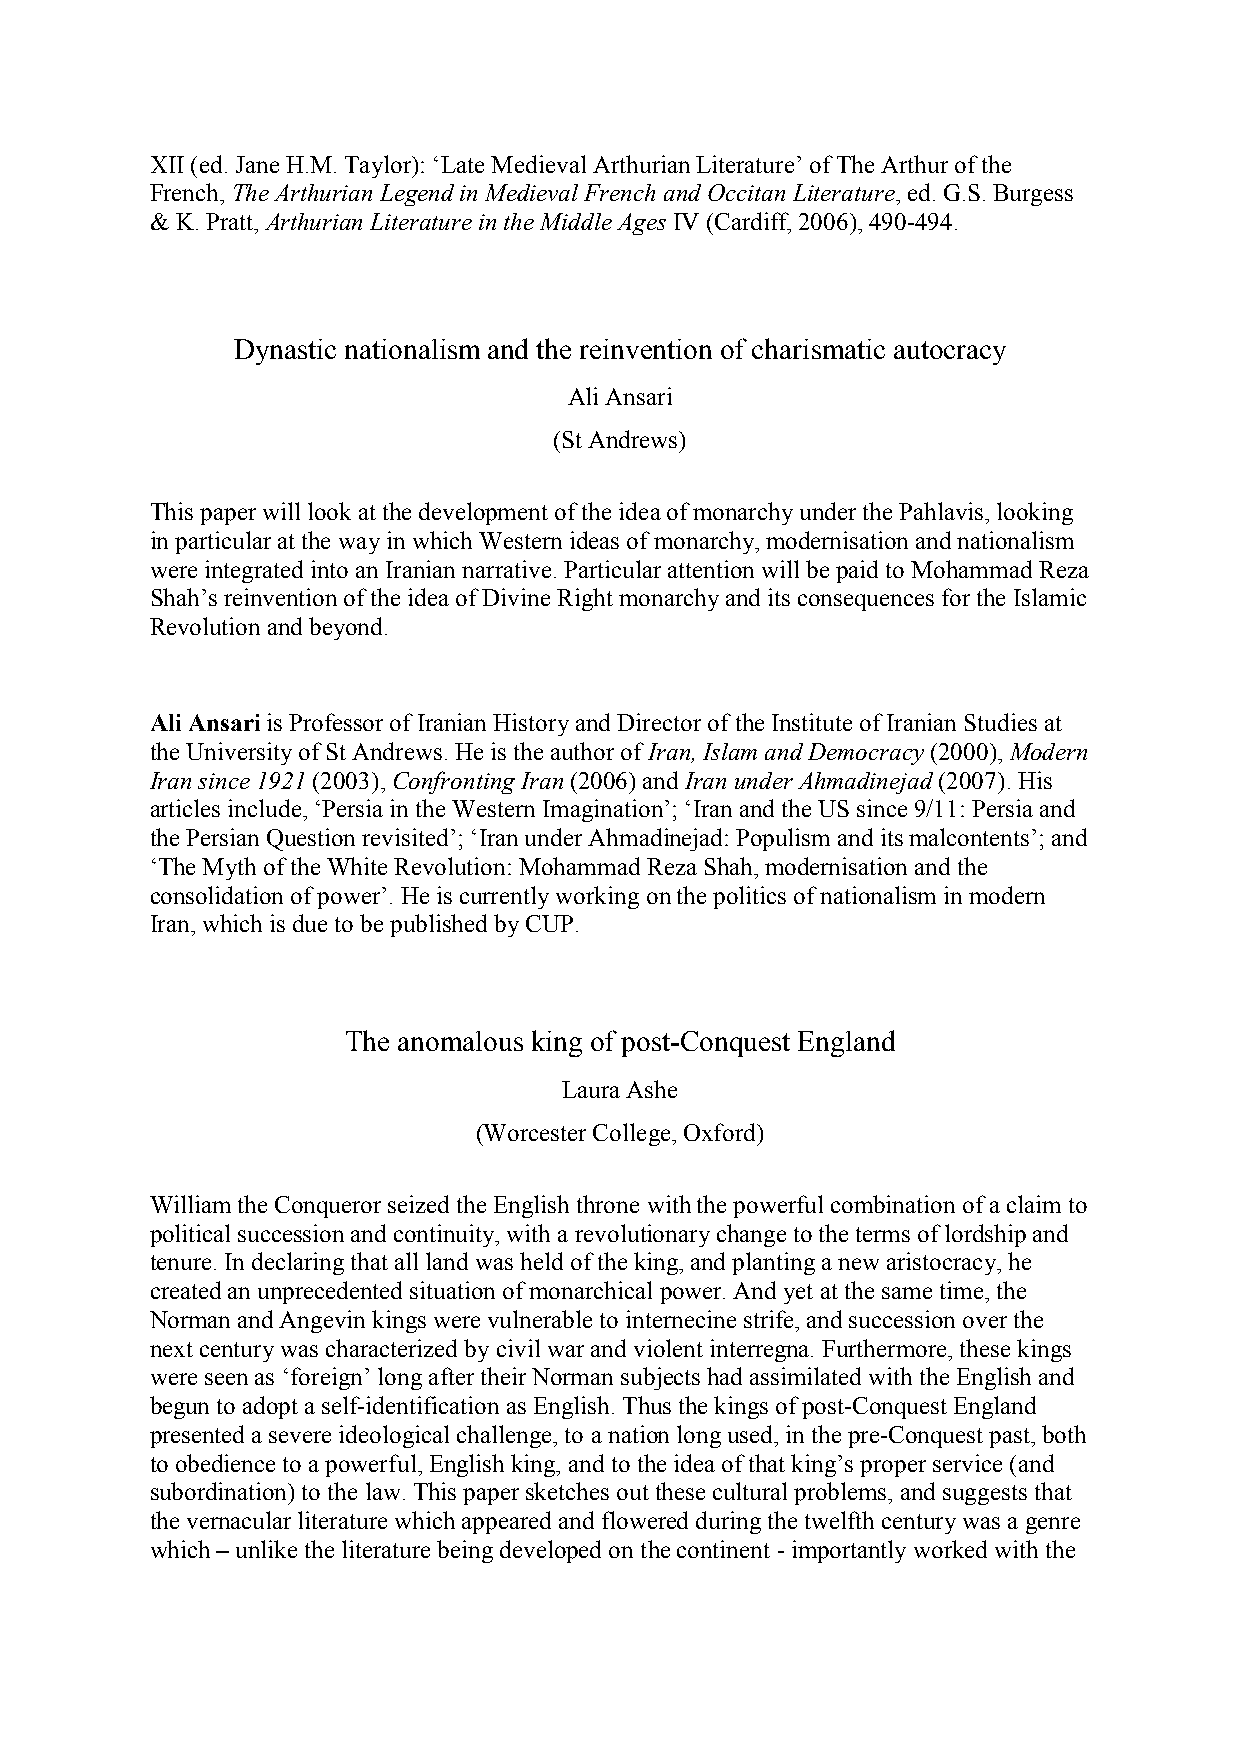
XII (ed. Jane H.M. Taylor): ‘Late Medieval Arthurian Literature’ of The Arthur of the
 French, The Arthurian Legend in Medieval French and Occitan Literature, ed. G.S. Burgess
 & K. Pratt, Arthurian Literature in the Middle Ages IV (Cardiff, 2006), 490-494.
 Dynastic nationalism and the reinvention of charismatic autocracy
 Ali Ansari
 (St Andrews)
 This paper will look at the development of the idea of monarchy under the Pahlavis, looking
 in particular at the way in which Western ideas of monarchy, modernisation and nationalism
 were integrated into an Iranian narrative. Particular attention will be paid to Mohammad Reza
 Shah’s reinvention of the idea of Divine Right monarchy and its consequences for the Islamic
 Revolution and beyond.
 Ali Ansari is Professor of Iranian History and Director of the Institute of Iranian Studies at
 the University of St Andrews. He is the author of Iran, Islam and Democracy (2000), Modern
 Iran since 1921 (2003), Confronting Iran (2006) and Iran under Ahmadinejad (2007). His
 articles include, ‘Persia in the Western Imagination’; ‘Iran and the US since 9/11: Persia and
 the Persian Question revisited’; ‘Iran under Ahmadinejad: Populism and its malcontents’; and
 ‘The Myth of the White Revolution: Mohammad Reza Shah, modernisation and the
 consolidation of power’. He is currently working on the politics of nationalism in modern
 Iran, which is due to be published by CUP.
 The anomalous king of post-Conquest England
 Laura Ashe
 (Worcester College, Oxford)
 William the Conqueror seized the English throne with the powerful combination of a claim to
 political succession and continuity, with a revolutionary change to the terms of lordship and
 tenure. In declaring that all land was held of the king, and planting a new aristocracy, he
 created an unprecedented situation of monarchical power. And yet at the same time, the
 Norman and Angevin kings were vulnerable to internecine strife, and succession over the
 next century was characterized by civil war and violent interregna. Furthermore, these kings
 were seen as ‘foreign’ long after their Norman subjects had assimilated with the English and
 begun to adopt a self-identification as English. Thus the kings of post-Conquest England
 presented a severe ideological challenge, to a nation long used, in the pre-Conquest past, both
 to obedience to a powerful, English king, and to the idea of that king’s proper service (and
 subordination) to the law. This paper sketches out these cultural problems, and suggests that
 the vernacular literature which appeared and flowered during the twelfth century was a genre
 which – unlike the literature being developed on the continent - importantly worked with the